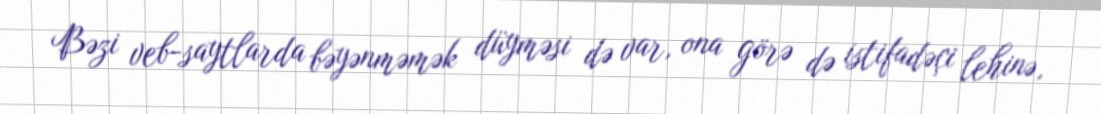
Bəzi veb-saytlarda bəyənməmək düyməsi də var, ona görə də istifadəçi lehinə,